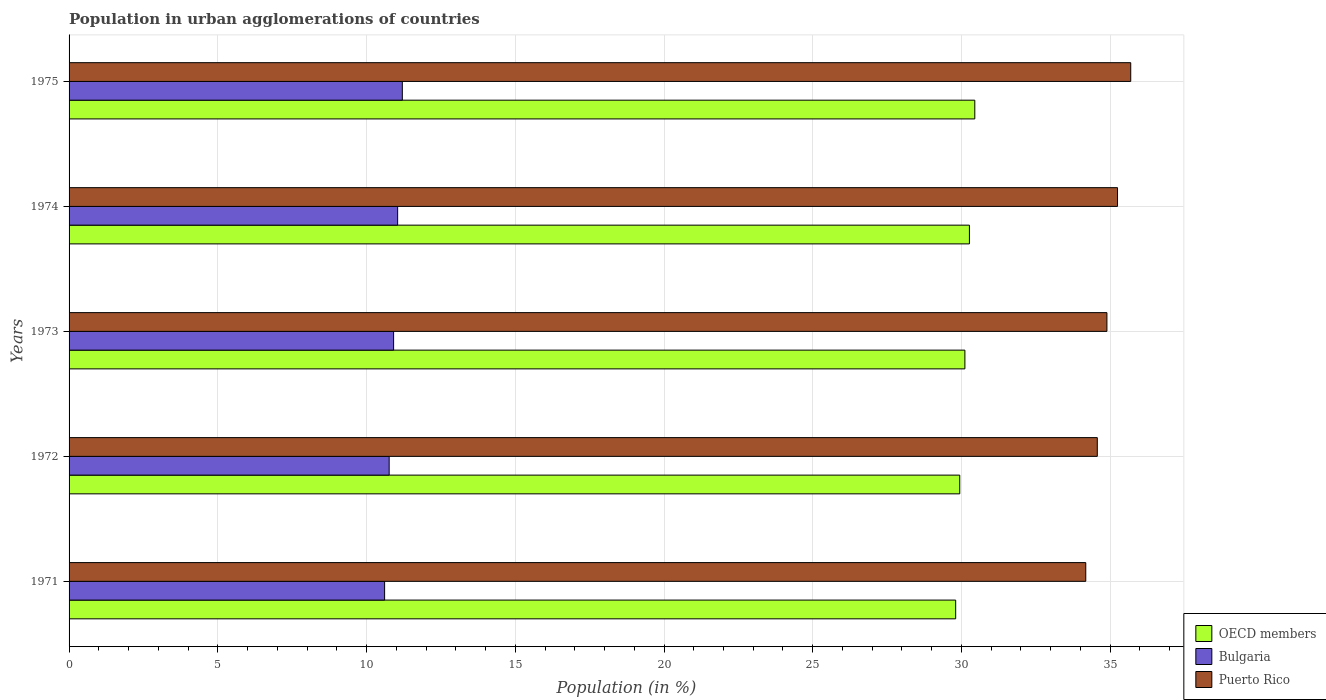
| Years | OECD members | Bulgaria | Puerto Rico |
 | --- | --- | --- | --- |
 | 1971 | 29.8 | 10.6 | 34.2 |
 | 1972 | 29.9 | 10.8 | 34.6 |
 | 1973 | 30.1 | 10.9 | 34.9 |
 | 1974 | 30.3 | 11 | 35.2 |
 | 1975 | 30.4 | 11.2 | 35.7 |